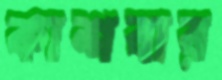
কাশবার